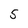
Character: 5